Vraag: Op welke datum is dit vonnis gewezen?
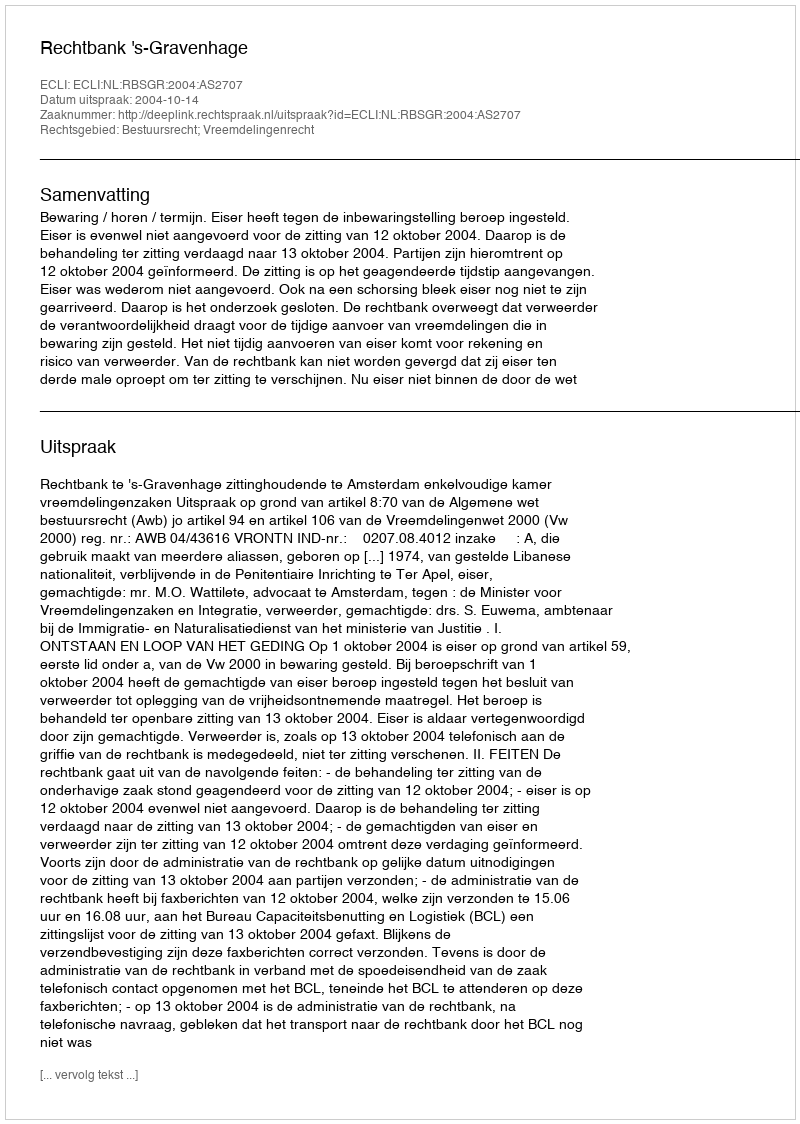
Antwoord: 2004-10-14